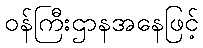
ဝန်ကြီးဌာနအနေဖြင့်